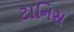
ટાનિસ